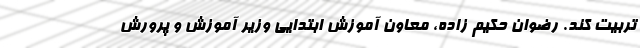
تربیت کند. رضوان حکیم زاده، معاون آموزش ابتدایی وزیر آموزش و پرورش